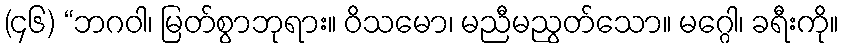
(၄၆) “ဘဂဝါ၊ မြတ်စွာဘုရား။ ဝိသမော၊ မညီမညွတ်သော။ မဂ္ဂေါ၊ ခရီးကို။